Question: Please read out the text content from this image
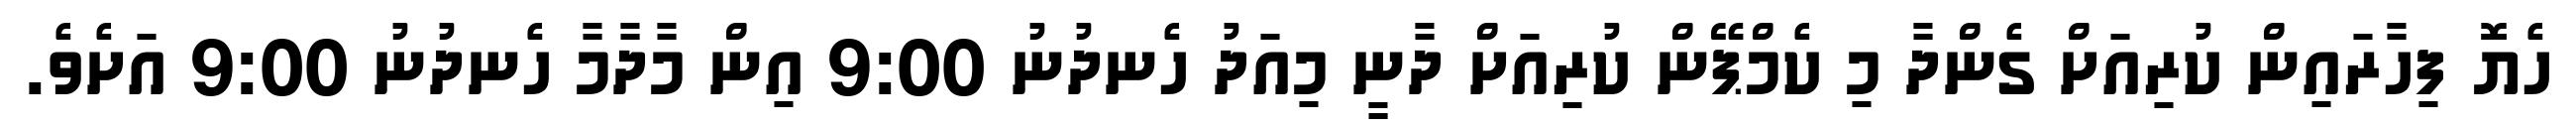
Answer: ހެޔޮ ފިހާރައިން ކުރިއަށް ގެންދާ މި ކެމްޕޭން ކުރިއަށް ދާނީ މިއަދު ހެނދުނު 9:00 އިން މާދާމާ ހެނދުނު 9:00 އަށެވެ.